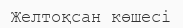
Желтоқсан көшесі